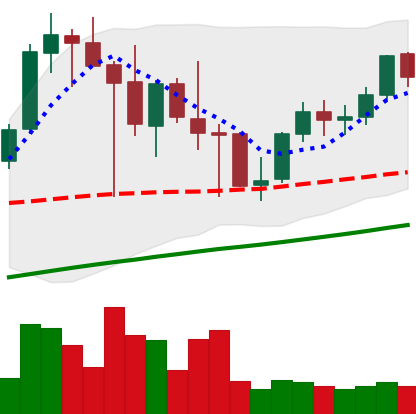
Ticker: LINK-USD
Chart end date: 2021-05-02
Forward return: 24.823%
Label: up_7plus